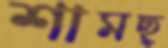
শামছ্